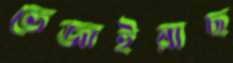
ভেজাইয়াছ